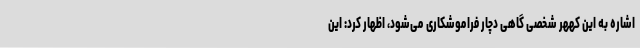
اشاره به این کههر شخصی گاهی دچار فراموشکاری می‌شود، اظهار کرد: این